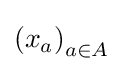
\left(x_{a}\right)_{a\in A}